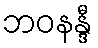
ဘဝနန္ဒီ